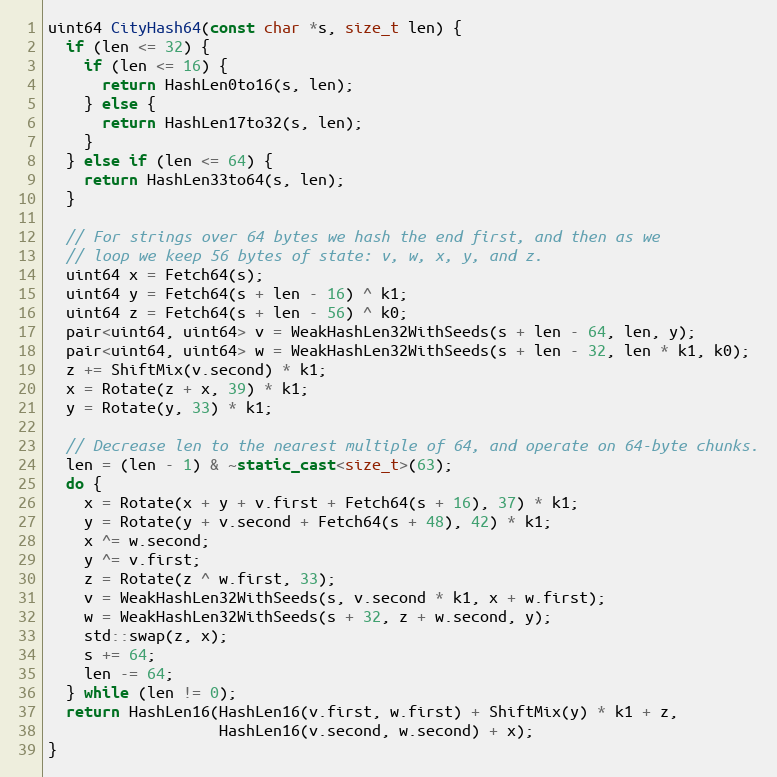
Language: C++
uint64 CityHash64(const char *s, size_t len) {
  if (len <= 32) {
    if (len <= 16) {
      return HashLen0to16(s, len);
    } else {
      return HashLen17to32(s, len);
    }
  } else if (len <= 64) {
    return HashLen33to64(s, len);
  }

  // For strings over 64 bytes we hash the end first, and then as we
  // loop we keep 56 bytes of state: v, w, x, y, and z.
  uint64 x = Fetch64(s);
  uint64 y = Fetch64(s + len - 16) ^ k1;
  uint64 z = Fetch64(s + len - 56) ^ k0;
  pair<uint64, uint64> v = WeakHashLen32WithSeeds(s + len - 64, len, y);
  pair<uint64, uint64> w = WeakHashLen32WithSeeds(s + len - 32, len * k1, k0);
  z += ShiftMix(v.second) * k1;
  x = Rotate(z + x, 39) * k1;
  y = Rotate(y, 33) * k1;

  // Decrease len to the nearest multiple of 64, and operate on 64-byte chunks.
  len = (len - 1) & ~static_cast<size_t>(63);
  do {
    x = Rotate(x + y + v.first + Fetch64(s + 16), 37) * k1;
    y = Rotate(y + v.second + Fetch64(s + 48), 42) * k1;
    x ^= w.second;
    y ^= v.first;
    z = Rotate(z ^ w.first, 33);
    v = WeakHashLen32WithSeeds(s, v.second * k1, x + w.first);
    w = WeakHashLen32WithSeeds(s + 32, z + w.second, y);
    std::swap(z, x);
    s += 64;
    len -= 64;
  } while (len != 0);
  return HashLen16(HashLen16(v.first, w.first) + ShiftMix(y) * k1 + z,
                   HashLen16(v.second, w.second) + x);
}